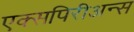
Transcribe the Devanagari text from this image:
एक्सपिरीअन्स